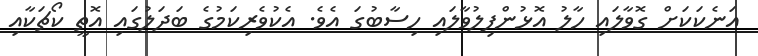
އަނެކަކަށް ގޮވާލައި ހާލު އޮޅުންފިލުވާލައި ހިސާބުގަ އެވެ. އެކުވެރިކަމުގެ ބަދަލުގައި އޮތީ ކޯޗަކާއި